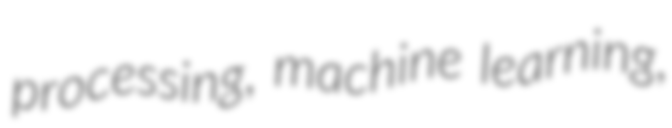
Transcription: processing, machine learning,